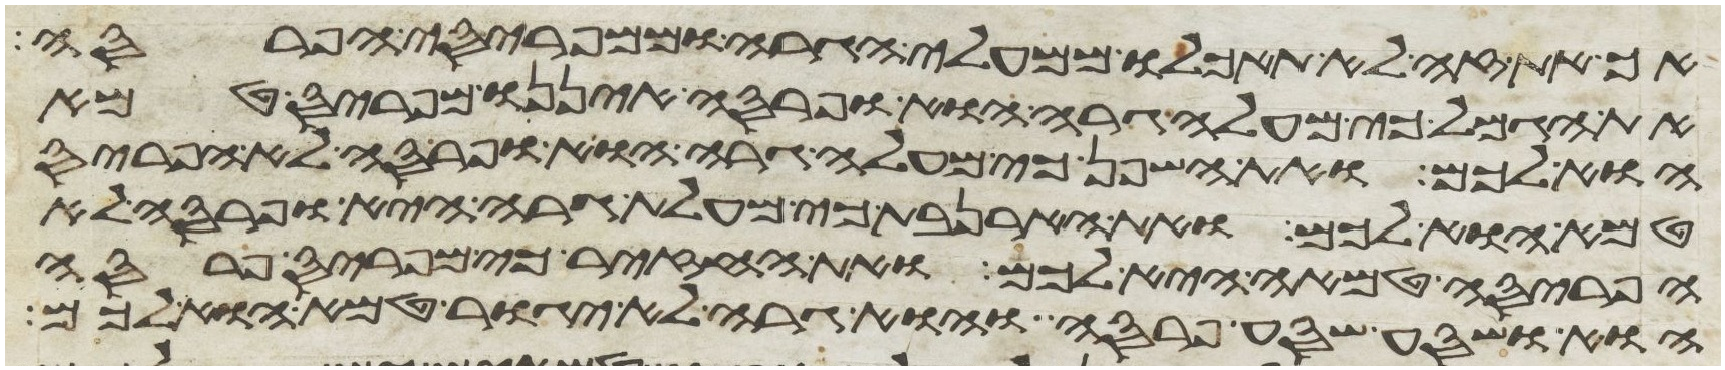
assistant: אך את זה לא תאכלו ממעלי הגרה וממפריסי הפרסה
את הגמל כי מעלי גרה הוא ופרסה איננו מפריס טמא
הוא לכם ואת השפן כי מעלי גרה הוא ופרסה לא הפריס
טמא הוא לכם ואת הארנבת כי מעלת גרה היא ופרסה לא
הפריסה טמאה היא לכם ואת החזיר כי מפריס פרסה
הוא ושסע שסע פרסה והוא גרה לא יגור טמא הוא לכם